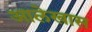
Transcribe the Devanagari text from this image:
आलेखास